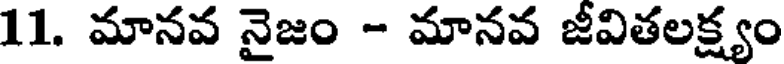
11. మానవ నైజం - మానవ జీవితలక్ష్యం